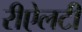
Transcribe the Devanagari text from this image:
रीऐलटी